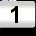
Digit: 1